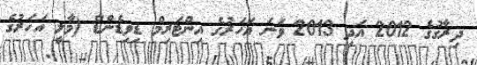
ދިރާގުގެ 2012 އަދި 2013 ވަނަ އަހަރުގެ އިންޓަރިމް ޑިވިޑެންޑް (މާލީ އަހަރުގެ